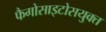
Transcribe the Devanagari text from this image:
फैगोसाइटोसयुक्त